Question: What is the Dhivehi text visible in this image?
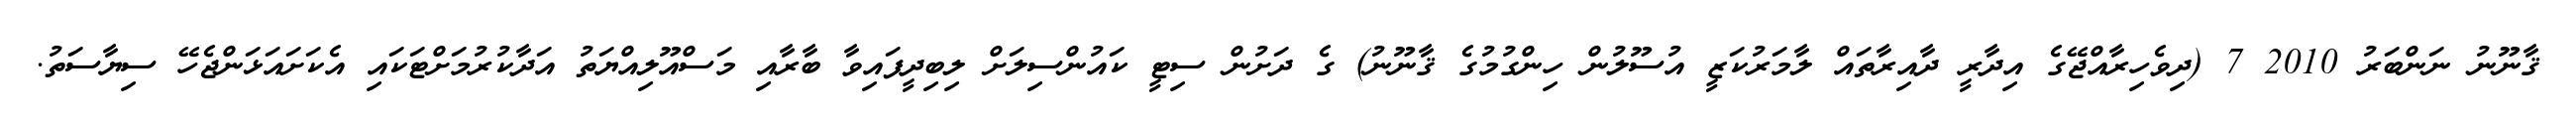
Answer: ޤާނޫނު ނަންބަރު 2010 7 (ދިވެހިރާއްޖޭގެ އިދާރީ ދާއިރާތައް ލާމަރުކަޒީ އުސޫލުން ހިންގުމުގެ ޤާނޫނު) ގެ ދަށުން ސިޓީ ކައުންސިލަށް ލިބިދީފައިވާ ބާރާއި މަސްއޫލިއްޔަތު އަދާކުރުމަށްޓަކައި އެކަށައަޅަންޖެހޭ ސިޔާސަތު.